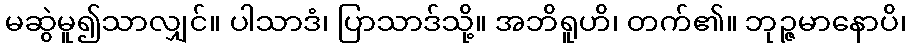
မဆွဲမူ၍သာလျှင်။ ပါသာဒံ၊ ပြာသာဒ်သို့။ အဘိရူဟိ၊ တက်၏။ ဘုဉ္ဇမာနောပိ၊